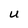
Character: U